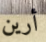
أرين